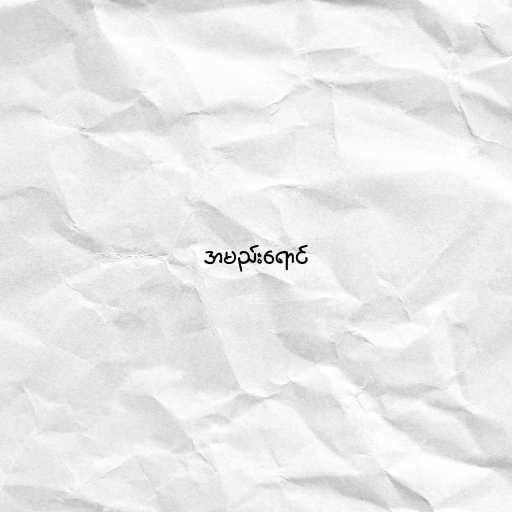
အမည်းရောင်